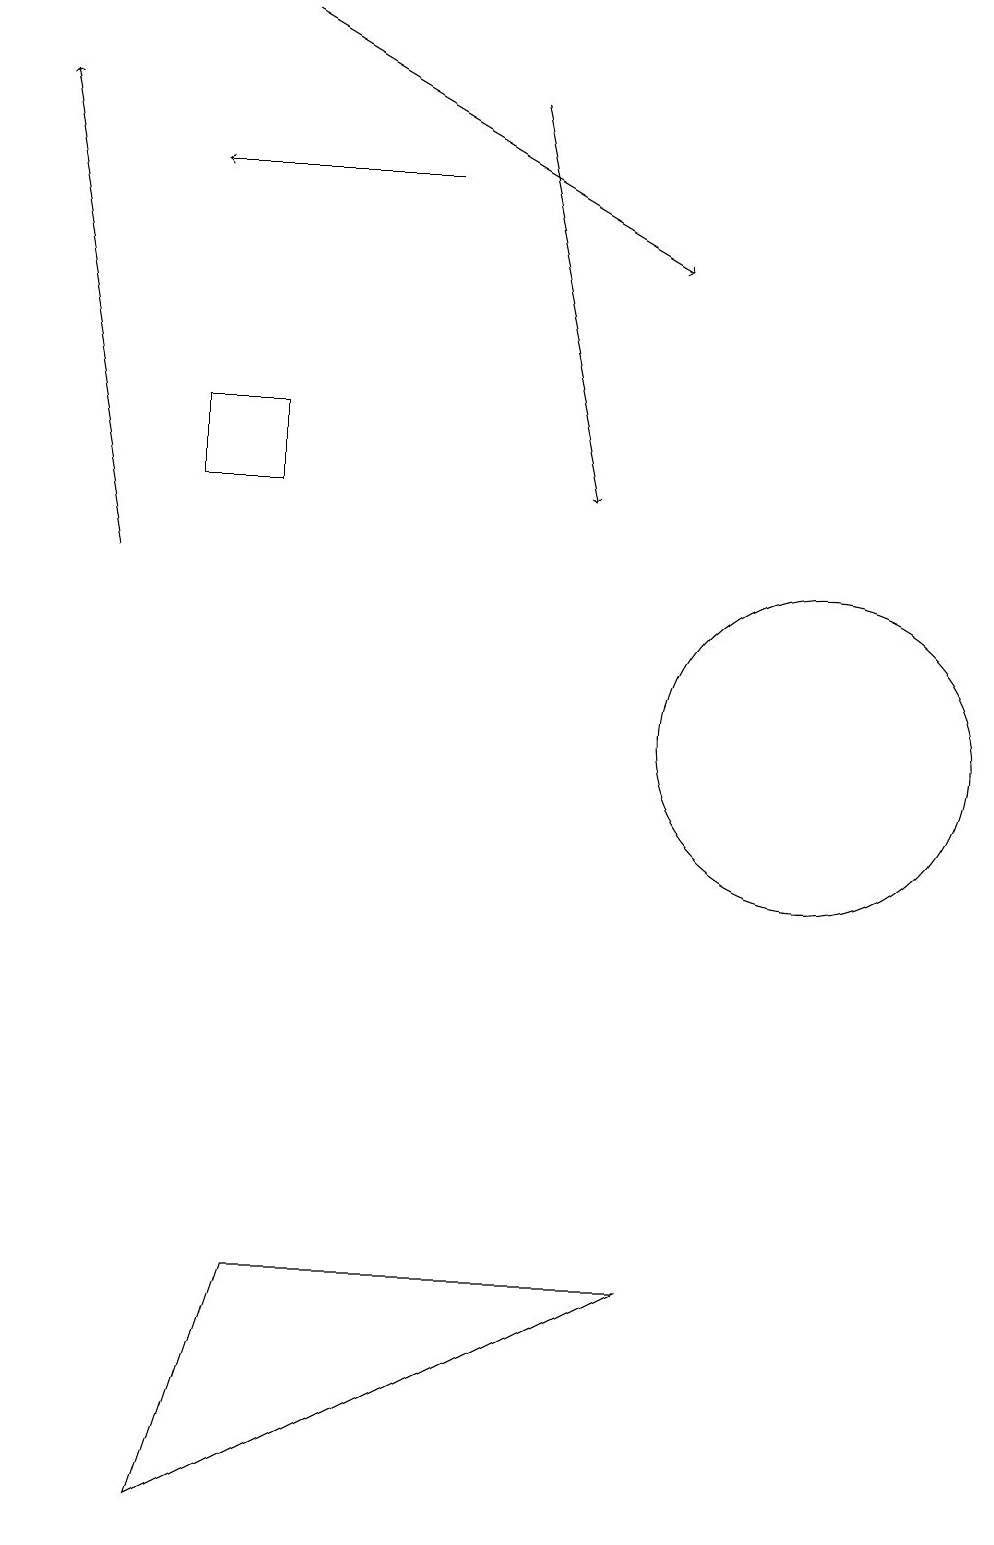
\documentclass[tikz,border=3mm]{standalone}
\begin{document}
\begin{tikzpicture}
\draw (10,10) circle (2);
\draw[->] (3,19) -- (8,16);
\draw (3,3) -- (2,0) -- (8,3) -- cycle;
\draw[->] (1,12) -- (0,18);
\draw[->] (5,17) -- (2,17);
\draw[->] (6,18) -- (7,13);
\draw (3,14) rectangle (2,13);
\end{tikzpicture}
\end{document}